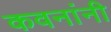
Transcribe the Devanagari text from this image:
कवनांनी